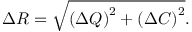
\Delta R = \sqrt { \left( \Delta Q \right) ^ { 2 } + \left( \Delta C \right) ^ { 2 } } .